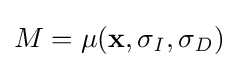
M=\mu (\mathbf {x} ,\sigma _{\mathit {I}},\sigma _{\mathit {D}})